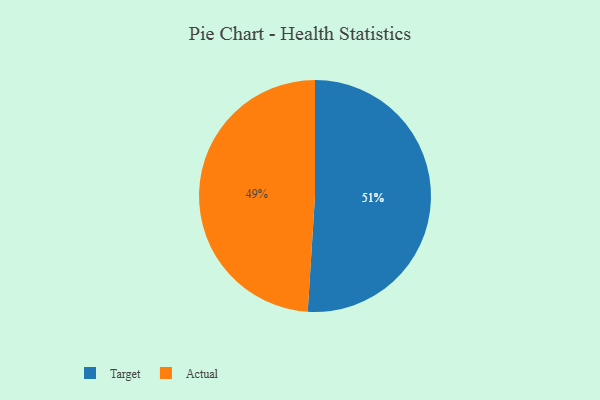
{"axis": {"x": "Category", "y": "Percentage"}, "legend": ["Actual", "Target"], "data": [{"x": "Target", "y": 51, "type": "Target"}, {"x": "Actual", "y": 49, "type": "Actual"}]}